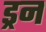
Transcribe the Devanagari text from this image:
ड्रन